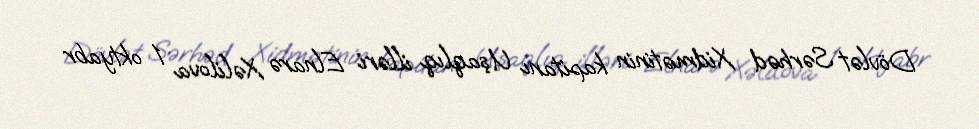
Dövlət Sərhəd Xidmətinin kapitanı Uşaqlıq illəri Elnarə Xəlilova 1 oktyabr